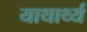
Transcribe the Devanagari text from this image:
याथार्थ्य